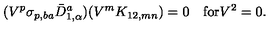
( V ^ { p } \sigma _ { p , b a } \bar { D } _ { 1 , \alpha } ^ { a } ) ( V ^ { m } K _ { 1 2 , m n } ) = 0 \quad \mathrm { f o r } V ^ { 2 } = 0 .